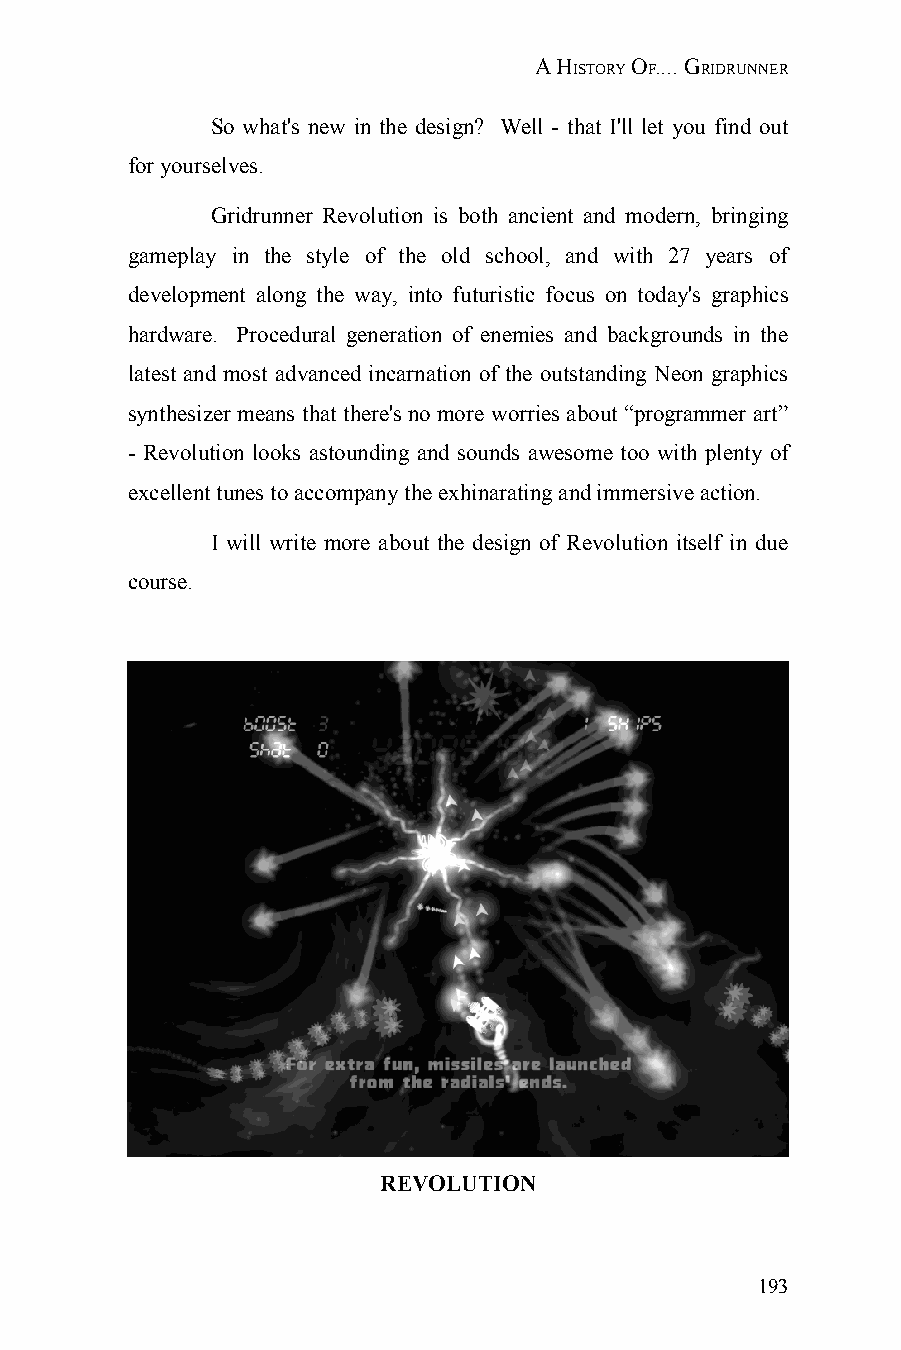
A HISTORY OF.... GRIDRUNNER
 So what's new in the design? Well - that I'll let you find out
 for yourselves.
 Gridrunner Revolution is both ancient and modern, bringing
 gameplay in the style of the old school, and with 27 years of
 development along the way, into futuristic focus on today's graphics
 hardware. Procedural generation of enemies and backgrounds in the
 latest and most advanced incarnation of the outstanding Neon graphics
 synthesizer means that there's no more worries about “programmer art”
 - Revolution looks astounding and sounds awesome too with plenty of
 excellent tunes to accompany the exhinarating and immersive action.
 I will write more about the design of Revolution itself in due
 course.
 REVOLUTION
 193